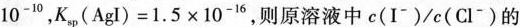
1 0 ^ { 1 0 }$$，$$K _ { s p } ( A g I ) = 1 . 5 \times 1 0 ^ { - 1 6 }$$，则原溶液中c(I^{-})/c(Cl^{-})的